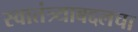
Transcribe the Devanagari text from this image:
स्वातंत्र्याबद्दलचा